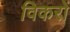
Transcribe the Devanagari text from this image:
विकरों